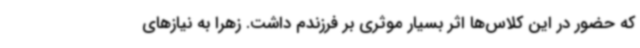
که حضور در این کلاس‌ها اثر بسیار موثری بر فرزندم داشت. زهرا به نیازهای